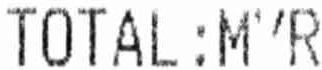
TOTAL:MYR